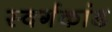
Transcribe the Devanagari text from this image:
स्वर्गकांड